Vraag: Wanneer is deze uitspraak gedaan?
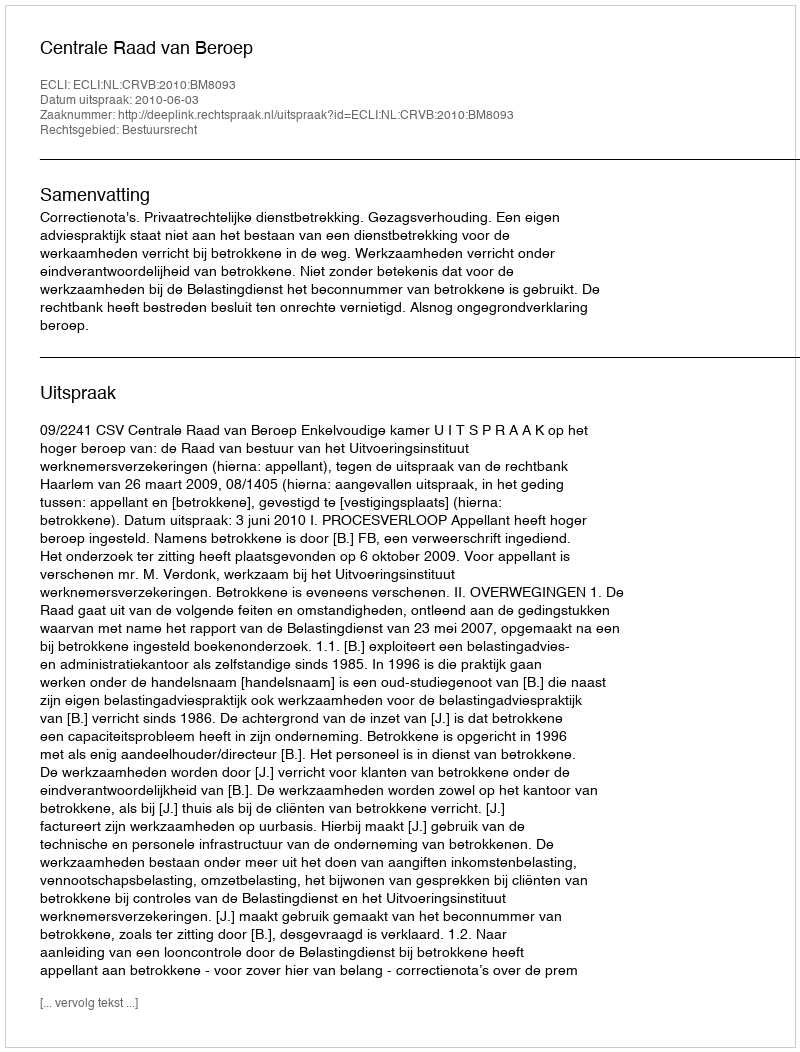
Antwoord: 2010-06-03